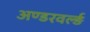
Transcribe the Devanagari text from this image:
अण्डरवर्ल्ड़